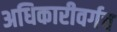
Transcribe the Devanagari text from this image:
अधिकारीवर्गच